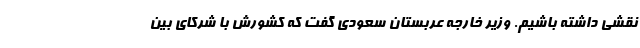
نقشی داشته باشیم. وزیر خارجه عربستان سعودی گفت که کشورش با شرکای بین